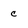
Character: c